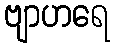
ဗျာဟရေ